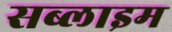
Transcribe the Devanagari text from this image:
सब्लाइम